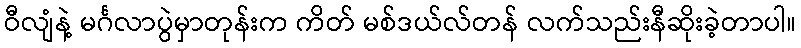
ဝီလျံနဲ့ မင်္ဂလာပွဲမှာတုန်းက ကိတ် မစ်ဒယ်လ်တန် လက်သည်းနီဆိုးခဲ့တာပါ။